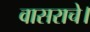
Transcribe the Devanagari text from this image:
वासराचे।